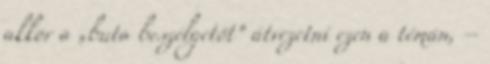
akkor a „buta beszélgetőt” átvezetni ezen a témán, –